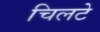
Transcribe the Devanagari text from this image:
चिलटे